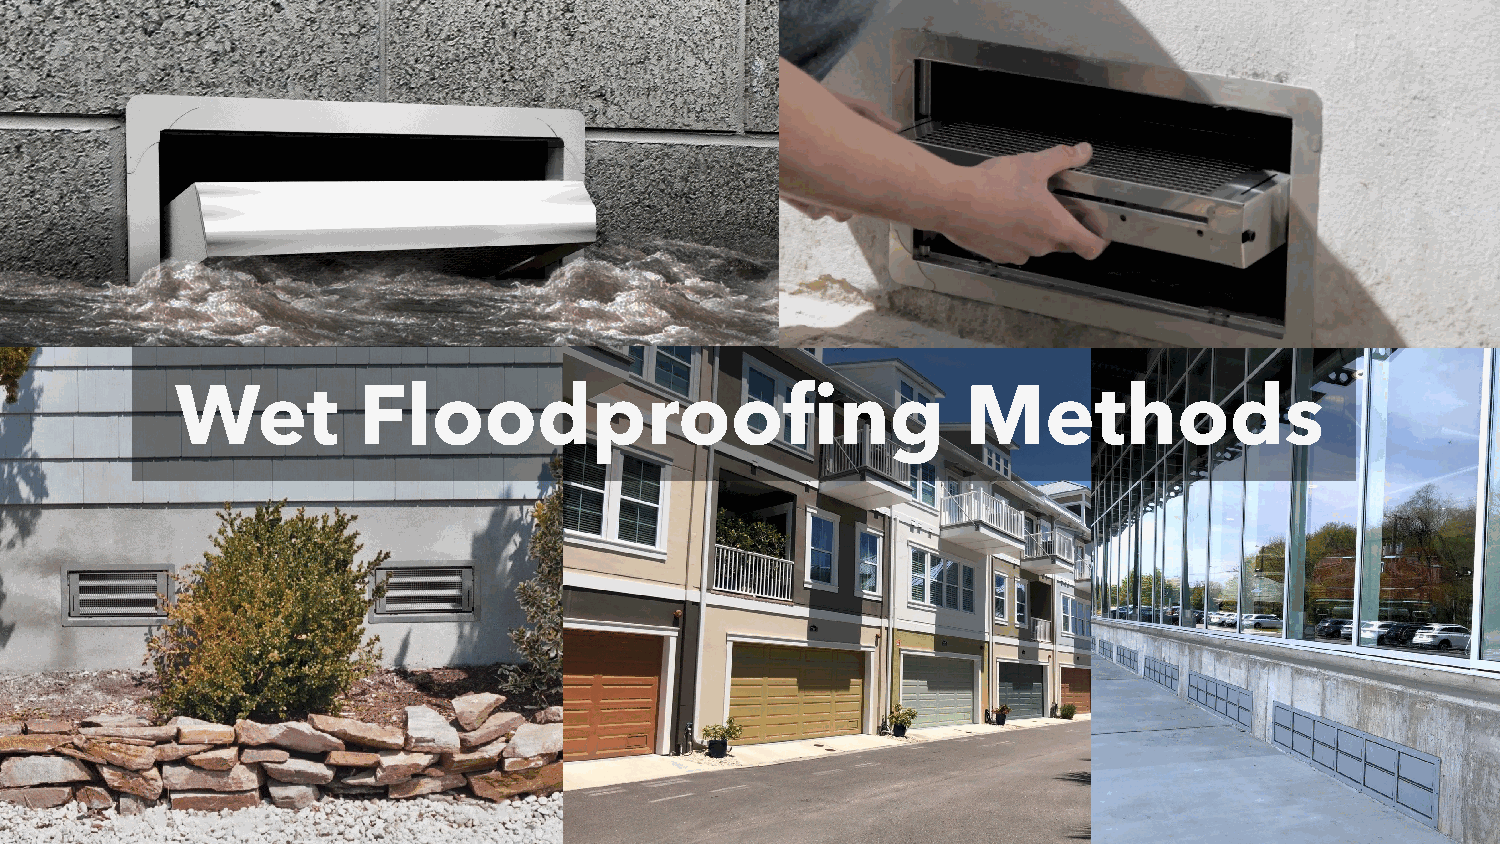
Wet         Floodproofing                           Methods